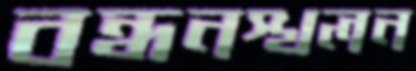
বন্ধনস্খলন